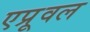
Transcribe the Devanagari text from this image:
एप्रूवल